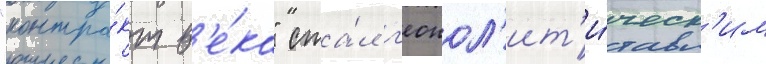
"контра́кт в'е́ка" ста́л г'еопол'ит'и́ческ'им